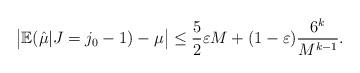
LaTeX: \begin{align*} \bigl| \mathbb{E}( \hat{\mu} | J=j_0-1) - \mu \bigr| \leq \frac{5}{2} \varepsilon M + (1-\varepsilon) \frac{6^k}{M^{k-1}}.\end{align*}